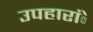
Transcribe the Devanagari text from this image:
उपहारांे